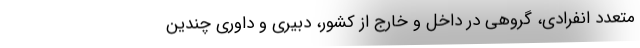
متعدد انفرادی، گروهی در داخل و خارج از کشور، دبیری و داوری چندین